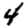
Digit: 4